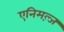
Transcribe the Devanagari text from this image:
एनिमल्ज़